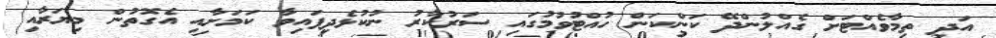
އަދި ތިމާވެއްޓަށް ގެއްލުންދޭ ކަންކަން ހުއްޓުވުމުގައި ސަރުކާރު ނުކުޅެދިފައިވާ ކަމަށާއި އެގޮތުން މިޔަރާއި